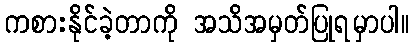
ကစားနိုင်ခဲ့တာကို အသိအမှတ်ပြုရမှာပါ။